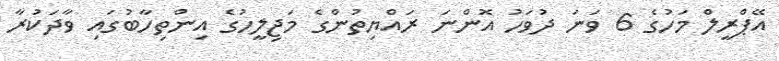
އޭޕްރީލް މަހުގެ 6 ވަނަ ދުވަހު އޮންނަ ރައްޔިތުންގެ މަޖިލީހުގެ އިންތިހާބުގައި ވާދަކުރާ